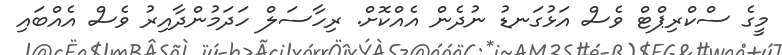
މީގެ ސްކްރިޕްޓް ވެސް އަޅުގަނޑު ނުދެން އެއްކޮށް. ރިހާސަލް ހަދަމުންދާއިރު ވެސް އެއްބައި